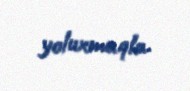
yoluxmaqla.